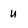
Character: U